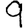
Digit: 9